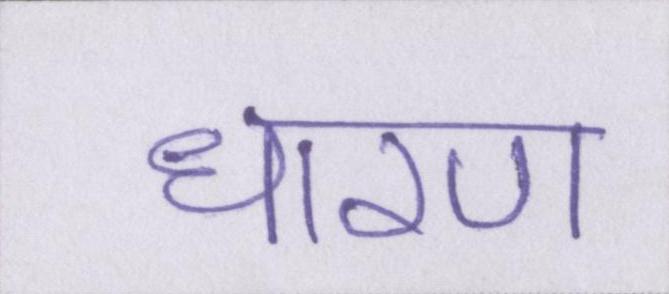
धारण